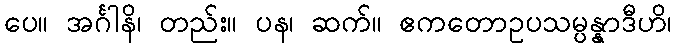
ပေ။ အင်္ဂါနိ၊ တည်း။ ပန၊ ဆက်။ ဧကတောဥပသမ္ပန္နာဒီဟိ၊